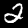
Label: 2